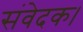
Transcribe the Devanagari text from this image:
संवेदक।